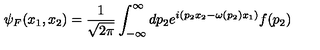
\psi _ { F } ( x _ { 1 } , x _ { 2 } ) = \frac { 1 } { \sqrt { 2 \pi } } \int _ { - \infty } ^ { \infty } d p _ { 2 } e ^ { i ( p _ { 2 } x _ { 2 } - \omega ( p _ { 2 } ) x _ { 1 } ) } f ( p _ { 2 } )